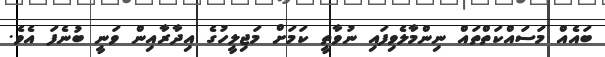
ބައެއް މަސައްކަތްތައް ނިންމާލެވިފައި ނުވާތީ ކަމަށް މަޖިލީހުގެ އިދާރާއިން ވަނީ ބުނެފަ އެވެ.